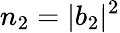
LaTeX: n_{2}=|b_{2}|^{2}